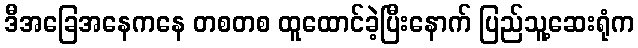
ဒီအခြေအနေကနေ တစတစ ထူထောင်ခဲ့ပြီးနောက် ပြည်သူ့ဆေးရုံက